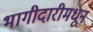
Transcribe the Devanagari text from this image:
भागीदारीमधून